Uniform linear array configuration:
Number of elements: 32
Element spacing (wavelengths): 0.25
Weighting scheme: blackman
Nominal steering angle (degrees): -45
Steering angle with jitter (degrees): -46.288
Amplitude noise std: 0.05
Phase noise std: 0.05

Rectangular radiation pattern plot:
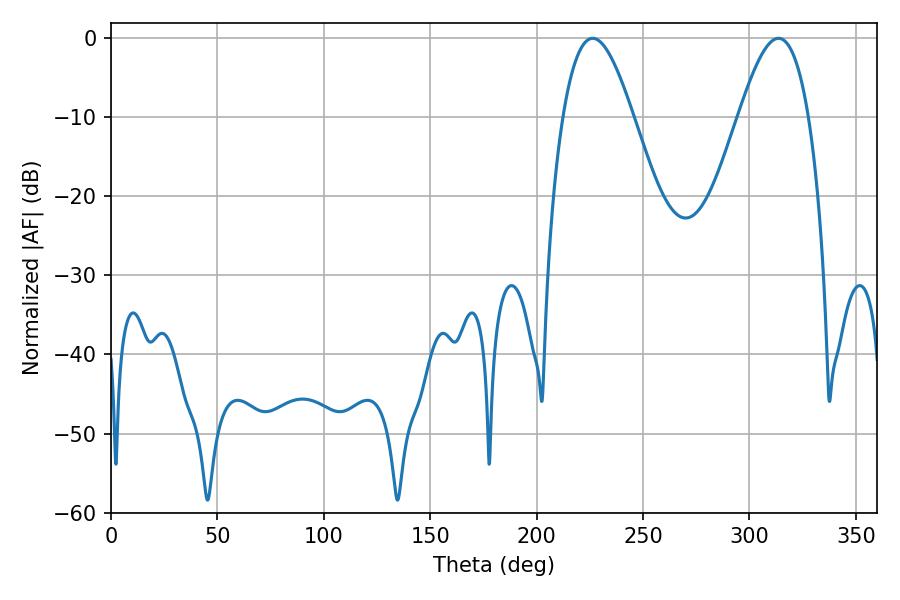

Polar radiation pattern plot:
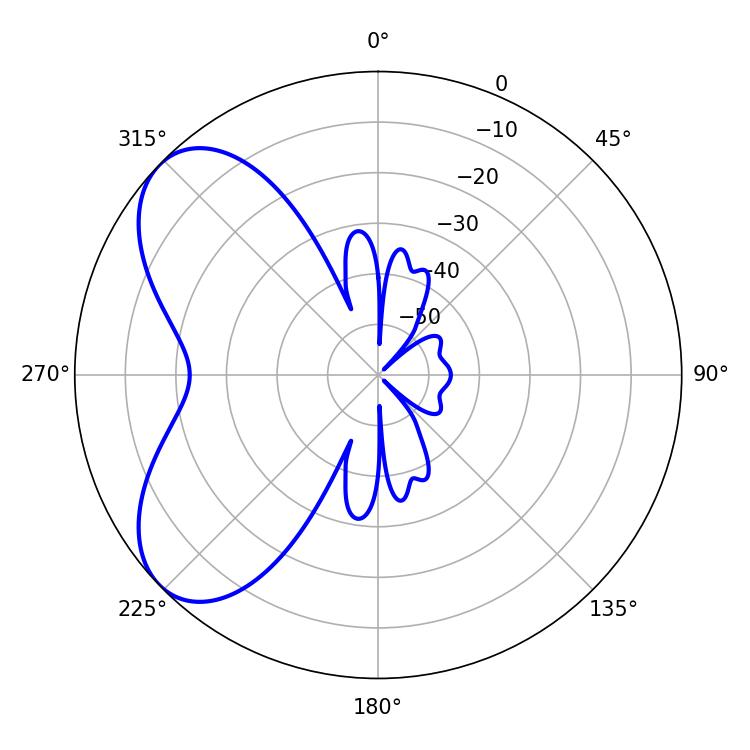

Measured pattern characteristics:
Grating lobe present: FALSE
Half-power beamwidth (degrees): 17.82
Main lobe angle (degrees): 226.26